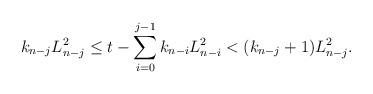
LaTeX: \begin{align*} k_{n-j}L_{n-j}^2\leq t-\sum_{i=0}^{j-1}k_{n-i}L_{n-i}^2<(k_{n-j}+1)L_{n-j}^2.\end{align*}